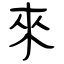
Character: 來